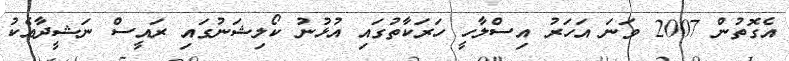
އެގޮތުން 2007 ވަނަ އަހަރު އިސްލާހީ ހަރަކާތުގައި އުޅުނު ކޯލިޝަނުގައި ރައީސް ނަޝީދާއެކު